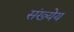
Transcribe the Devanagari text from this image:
संख्येय